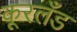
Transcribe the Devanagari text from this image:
कूरलँड